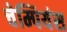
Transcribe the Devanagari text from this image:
चेम्पियंस